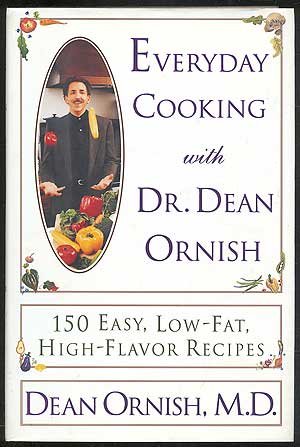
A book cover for Everyday Cooking With Dr. Dean Ornish: 150 Easy, Low-Fat, High-Flavor Recipes; Dean Ornish; Cookbooks, Food & Wine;